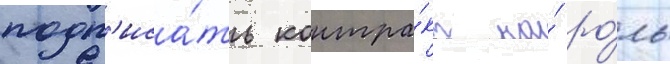
подп'иса́ть контра́кт на́ ро́ль